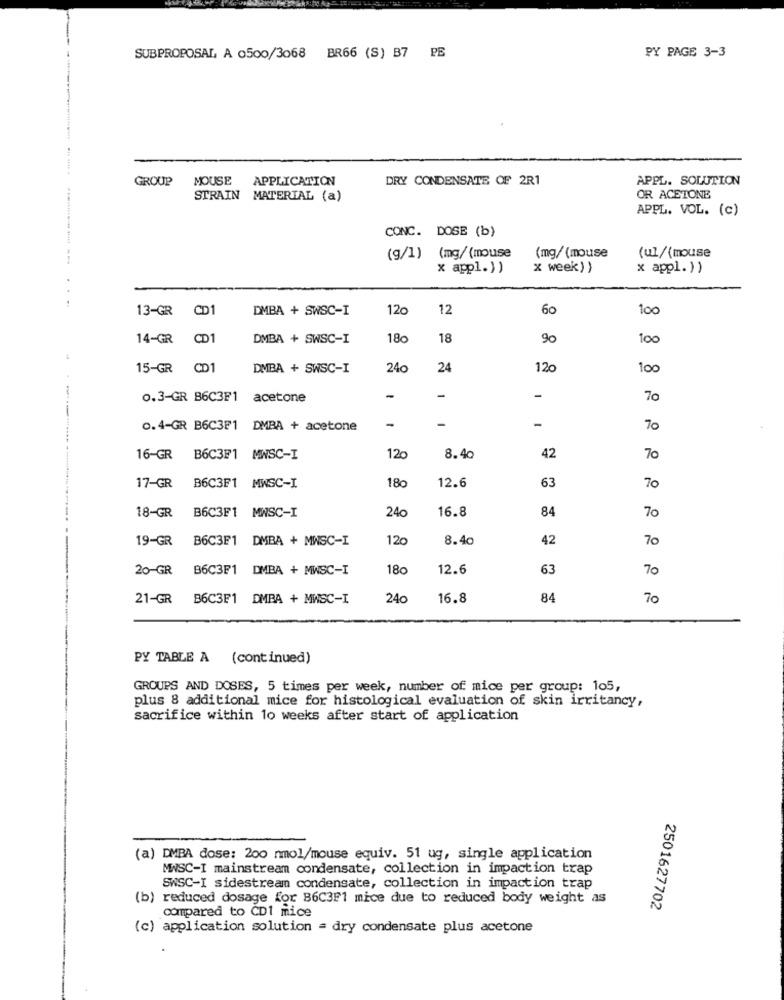
SUBPROPOSAL, A 0500/3068
BR66 (S) B7 PE
PY PAGE 3-3
GROUP
MOUSE APPLICATION
DRY CONDENSATE OF 2R1
APPL. SOLUTION
STRAIN MATERIAL (a)
OR ACETONE
APPL. VOL. (c)
CONC. DOSE (b)
(g/1) (mg/{mouse
(mg/ (mouse
(ul/{mouse
x appl.) )
x week) )
x appl.) )
13-GR CD1
DMBA + SWSC-I
120
12
60
100
14-GR
CD1
DMBA + SWSC-I
18
90
100
15-GR CD1
DMBA + SWSC-I
240
24
120
100
0.3-GR B6C3F1
acetone
-
-
70
-
0.4-GR B6C3F1
DMBA + acetone
-
-
70
42
16-GR
B6C3F1 MWSC-I
120
8.40
70
63
70
17-GR
B6C3F1
MWSC-I
180
12.6
18-GR
B6C3F1
MWSC-I
240
16.8
84
70
19-GR
B6C3F1
DMBA + MWSC-I
120
8.40
42
70
20-GR
B6C3F1
DMBA + MWSC-I
180
12.6
63
70
21-GR B6C3F1 DMBA + MWSC-I
24c
16.8
84
70
PY TABLE A (continued)
GROUPS AND DOSES, 5 times per week, number of mice per group: 105,
plus 8 additional mice for histological evaluation of skin irritancy,
sacrifice within 10 weeks after start of application
(a) DMBA dose: 200 nmol/mouse equiv. 51 ug, single application
MWSC-I mainstream condensate, collection in impaction trap
SWSC-I sidestream condensate, collection in impaction trap
(b) reduced dosage for B6C3F1 mice due to reduced body weight as
2501627702
compared to CD1 mice
(c) application solution = dry condensate plus acetone